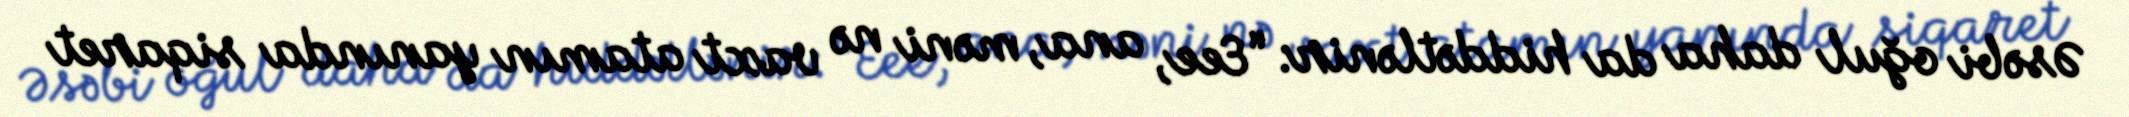
Əsəbi oğul daha da hiddətlənir: “Eee, ana, məni nə vaxt atamın yanında siqaret